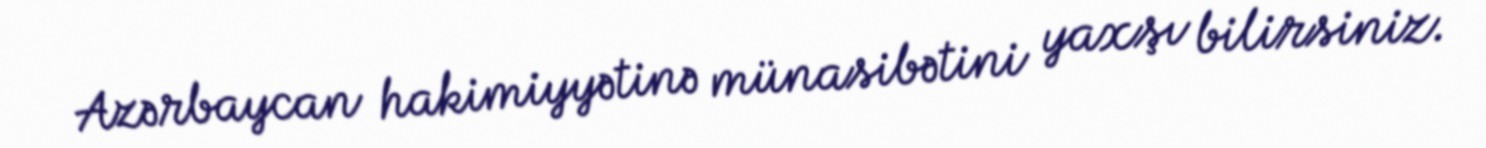
Azərbaycan hakimiyyətinə münasibətini yaxşı bilirsiniz.